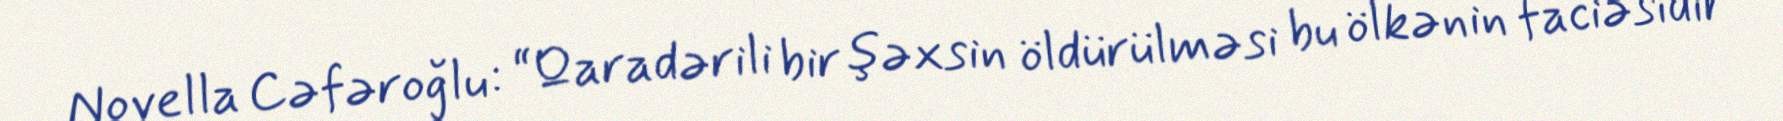
Novella Cəfəroğlu: “Qaradərili bir şəxsin öldürülməsi bu ölkənin faciəsidir”